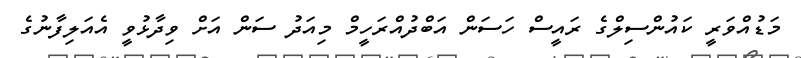
މަޑުއްވަރީ ކައުންސިލްގެ ރައީސް ހަސަން އަބްދުއްރަހީމް މިއަދު ސަން އަށް ވިދާޅުވީ އެއަލިފާނުގެ